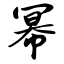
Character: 幂